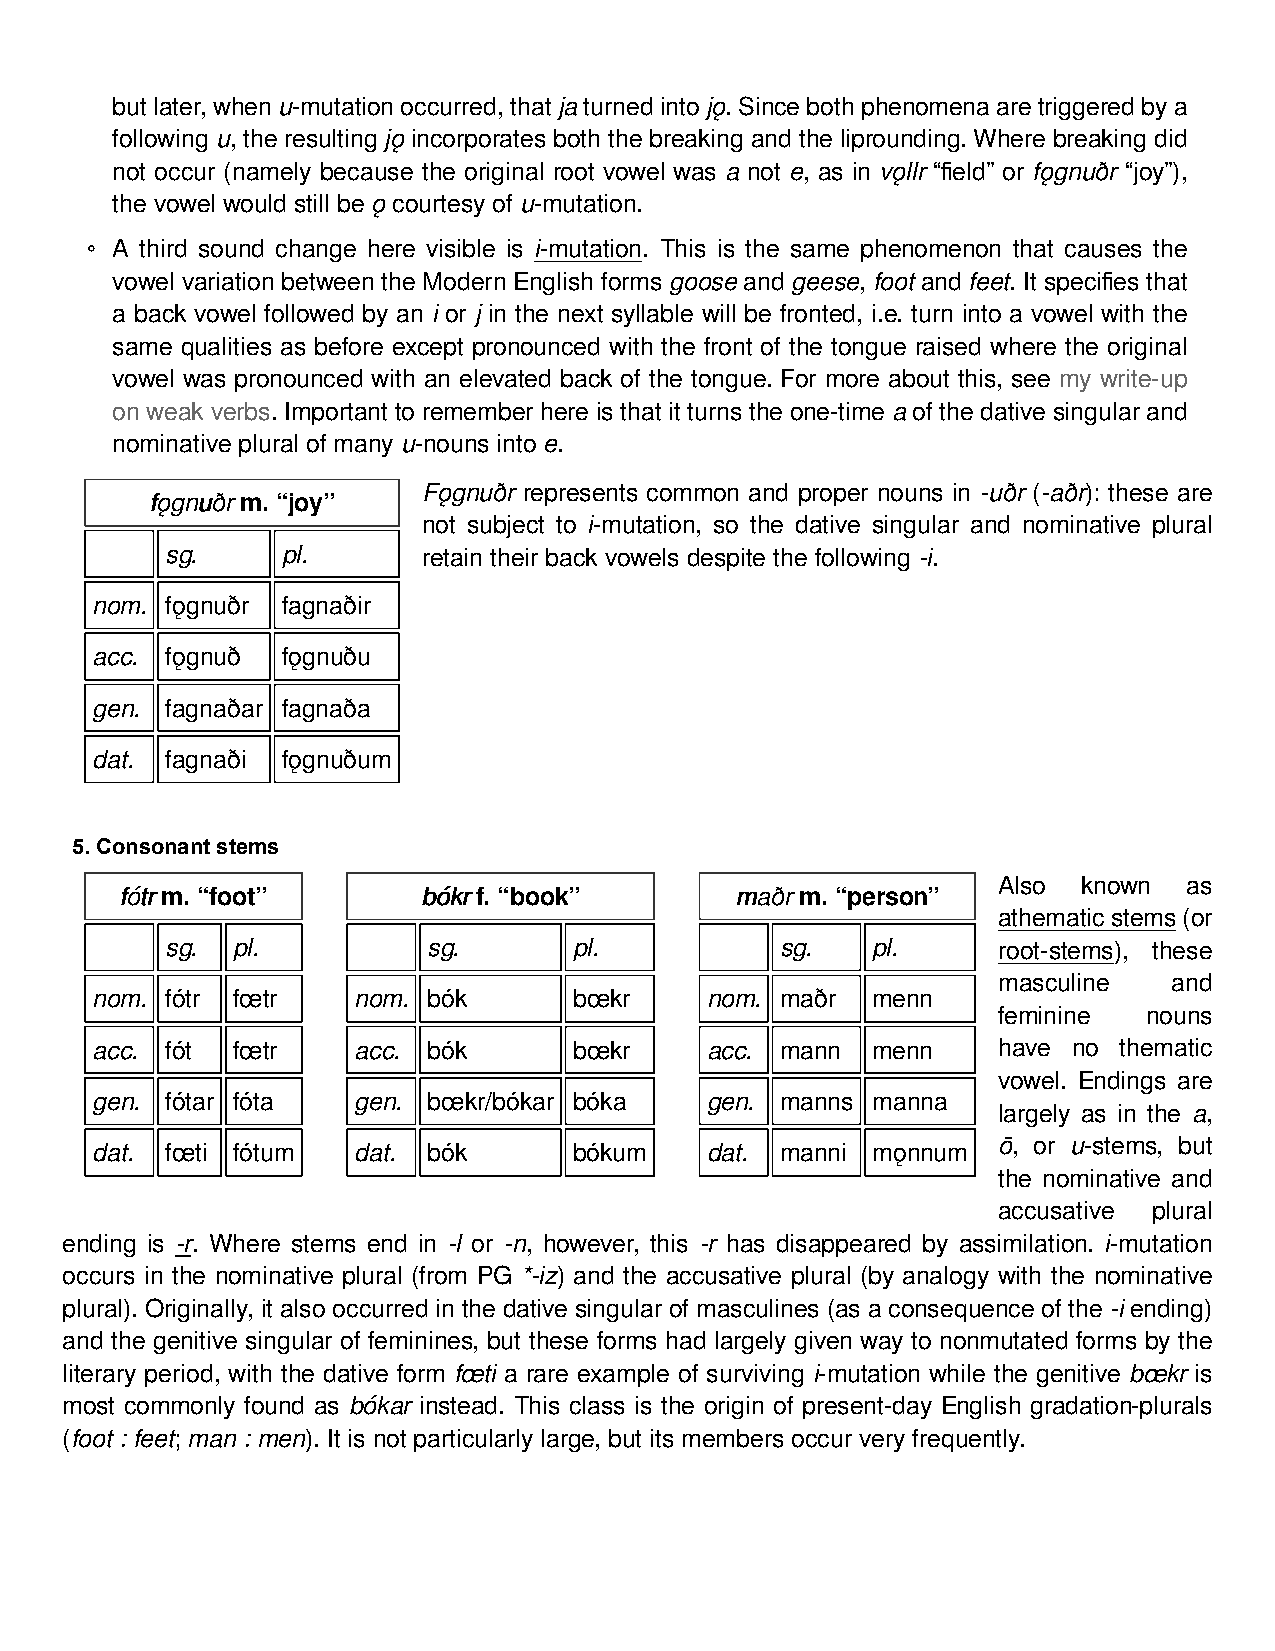
butlater,whenu-mutationoccurred,thatjaturnedintojǫ.Sincebothphenomenaaretriggeredbya
 following u, the resulting jǫ incorporates both the breaking and the liprounding. Where breaking did
 not occur (namely because the original root vowel was a not e, as in vǫllr “field” or fǫgnuðr “joy”),
 the vowel would still be ǫ courtesy of u-mutation.
 ◦ A third sound change here visible is i-mutation. This is the same phenomenon that causes the
 vowel variation between the Modern English forms goose and geese, foot and feet. It specifies that
 a back vowel followed by an i or j in the next syllable will be fronted, i.e. turn into a vowel with the
 same qualities as before except pronounced with the front of the tongue raised where the original
 vowel was pronounced with an elevated back of the tongue. For more about this, see my write-up
 on weak verbs. Important to remember here is that it turns the one-time a of the dative singular and
 nominative plural of many u-nouns into e.
 Fǫgnuðr represents common and proper nouns in -uðr (-aðr): these are
 ffǫǫggnnuuððrr m. “joy”
 not subject to i-mutation, so the dative singular and nominative plural
 sg.     pl.      retain their back vowels despite the following -i.
 nom. fǫgnuðr fagnaðir
 acc. fǫgnuð  fǫgnuðu
 gen. fagnaðar fagnaða
 dat. fagnaði fǫgnuðum
 5. Consonant stems
 Also  known  as
 ffóóttrr m. “foot”  bbóókkrr f. “book”   mmaaððrr m. “person”
 athematicstems(or
 sg. pl.          sg.       pl.           sg.   pl.     root-stems), these
 masculine   and
 nom. fótr fœtr   nom. bók       bœkr     nom. maðr  menn
 feminine  nouns
 acc. fót fœtr    acc. bók       bœkr     acc. mann  menn    have no thematic
 vowel. Endings are
 gen. fótar fóta  gen. bœkr/bókar bóka    gen. manns manna
 largely as in the a,
 ō, or u-stems, but
 dat. fœti fótum  dat. bók       bókum    dat. manni mǫnnum
 the nominative and
 accusative plural
 ending is -r. Where stems end in -l or -n, however, this -r has disappeared by assimilation. i-mutation
 occurs in the nominative plural (from PG *-iz) and the accusative plural (by analogy with the nominative
 plural). Originally, it also occurred in the dative singular of masculines (as a consequence of the -i ending)
 and the genitive singular of feminines, but these forms had largely given way to nonmutated forms by the
 literary period, with the dative form fœti a rare example of surviving i-mutation while the genitive bœkr is
 most commonly found as bókar instead. This class is the origin of present-day English gradation-plurals
 (foot : feet; man : men). It is not particularly large, but its members occur very frequently.